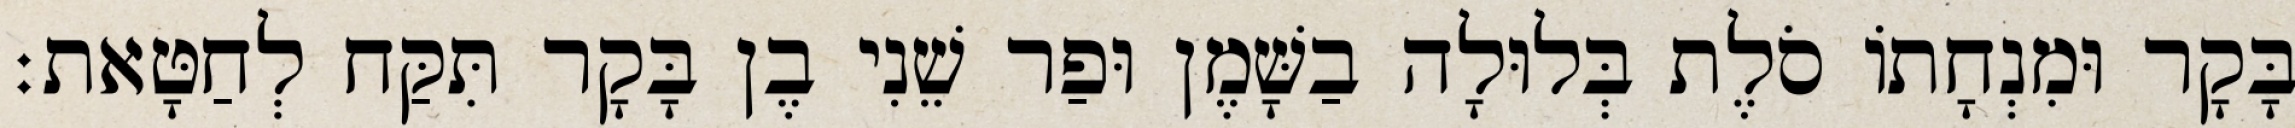
בָּקָר וּמִנְחָתוֹ סֹלֶת בְּלוּלָה בַשָּׁמֶן וּפַר שֵׁנִי בֶן בָּקָר תִּקַּח לְחַטָּאת׃